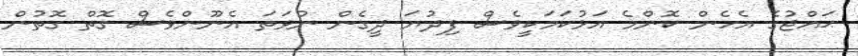
ޙައްޖުގެ އެހެން ކޮންމެ އަޅުކަމަކީވެސް ފިދުޔަ ދީގެން ނުވަތަ އެނޫންވެސް ގޮތް ގޮތުން